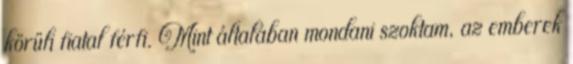
körüli fiatal férfi. Mint általában mondani szoktam, az emberek